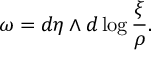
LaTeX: \omega = d \eta \wedge d \log \frac { \xi } { \rho } .